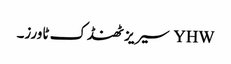
YHW سیریز ٹھنڈک ٹاورز۔